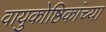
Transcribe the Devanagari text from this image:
वायुकोष्ठिकांच्या